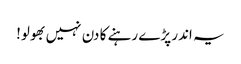
یہ اندر پڑے رہنے کا دن نہیں بھولو!